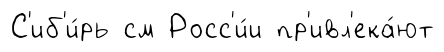
С'иб'и́рь см Росс'и́и пр'ивл'ека́ют